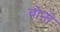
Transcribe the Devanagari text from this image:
वोनो